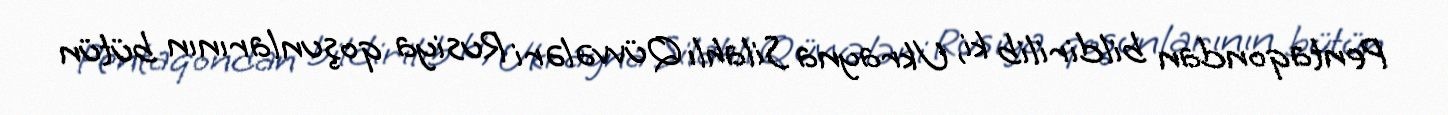
Pentaqondan bildirilib ki, Ukrayna Silahlı Qüvvələri Rusiya qoşunlarının bütün